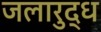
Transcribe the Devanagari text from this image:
जलारुद्ध